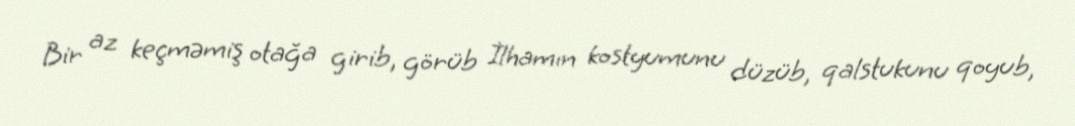
Bir az keçməmiş otağa girib, görüb İlhamın kostyumunu düzüb, qalstukunu qoyub,